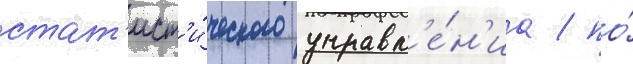
стат'ист'и́ческого управл'е́н'иа / по́